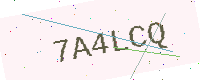
Text: 7A4LCQ